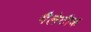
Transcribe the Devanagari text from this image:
गैलेटीक